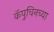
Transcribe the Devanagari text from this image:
कॅपुचिनच्या